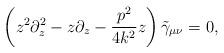
LaTeX: \begin{align*} \left( z^2 \partial_z^2 - z\partial_z - \frac{p^2}{4k^2} z \right) \tilde\gamma_{\mu\nu} =0,\end{align*}